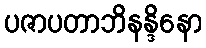
ပဇာပတာဘိနန္ဒိနော